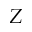
Z